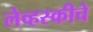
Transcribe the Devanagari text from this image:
लेव्हस्कीचे